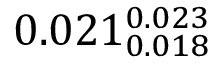
0 . 0 2 1 _ { 0 . 0 1 8 } ^ { 0 . 0 2 3 }